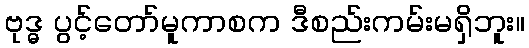
ဗုဒ္ဓ ပွင့်တော်မူကာစက ဒီစည်းကမ်းမရှိဘူး။